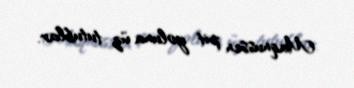
Maqnussen pit yoluna üz tutublar.